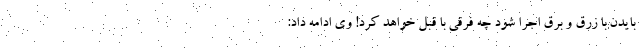
بایدن با زرق و برق اجرا شود چه فرقی با قبل خواهد کرد! وی ادامه داد: